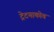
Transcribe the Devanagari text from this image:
ट्रेटयाकोव